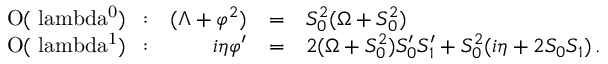
\begin{array} { l r c l } { { \mathrm { ~ { \cal ~ O } ( \ l a m b d a ^ { 0 } ) ~ \, : } } } & { { ( \Lambda + \varphi ^ { 2 } ) } } & { { = } } & { { S _ { 0 } ^ { 2 } ( \Omega + S _ { 0 } ^ { 2 } ) } } \\ { { \mathrm { ~ { \cal ~ O } ( \ l a m b d a ^ { 1 } ) ~ \, : } } } & { { i \eta \varphi ^ { \prime } } } & { { = } } & { { 2 ( \Omega + S _ { 0 } ^ { 2 } ) S _ { 0 } ^ { \prime } S _ { 1 } ^ { \prime } + S _ { 0 } ^ { 2 } ( i \eta + 2 S _ { 0 } S _ { 1 } ) \, . } } \end{array}